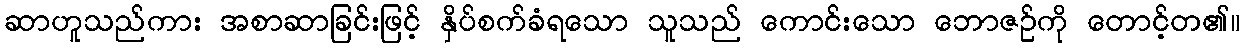
ဆာဟူသည်ကား အစာဆာခြင်းဖြင့် နှိပ်စက်ခံရသော သူသည် ကောင်းသော ဘောဇဉ်ကို တောင့်တ၏။